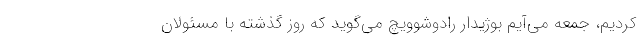
کردیم، جمعه می‌آیم بوژیدار رادوشوویچ می‌گوید که روز گذشته با مسئولان